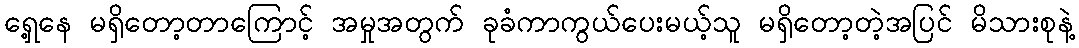
ရှေ့နေ မရှိတော့တာကြောင့် အမှုအတွက် ခုခံကာကွယ်ပေးမယ့်သူ မရှိတော့တဲ့အပြင် မိသားစုနဲ့